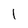
Character: l